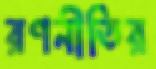
রণনীতির